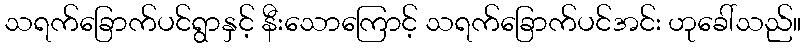
သရက်ခြောက်ပင်ရွာနှင့် နီးသောကြောင့် သရက်ခြောက်ပင်အင်း ဟုခေါ်သည်။